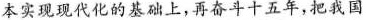
本实现现代化的基础上，再奋斗十五年，把我国